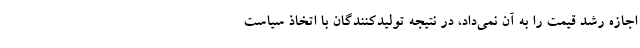
اجازه رشد قیمت را به آن نمی‌داد، در نتیجه تولیدکنندگان با اتخاذ سیاست